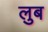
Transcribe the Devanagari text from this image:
लुब